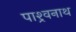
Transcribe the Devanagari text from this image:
पाश्र्वनाथ